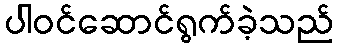
ပါဝင်ဆောင်ရွက်ခဲ့သည်